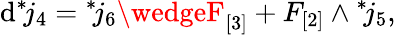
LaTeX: \mathrm{d}{}^{*}\! j_{4}={}^{*}\! j_{6}\wedgeF_{[3]}+F_{[2]}\wedge{}^{*}\! j_{5},